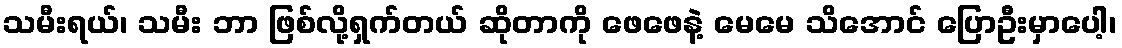
သမီးရယ်၊ သမီး ဘာ ဖြစ်လို့ရှက်တယ် ဆိုတာကို ဖေဖေနဲ့ မေမေ သိအောင် ပြောဦးမှာပေါ့၊